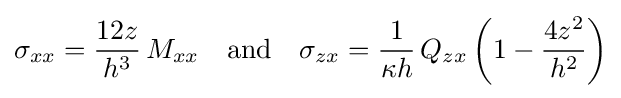
\sigma _{xx}={\frac {12z}{h^{3}}}\,M_{xx}\quad {\text{and}}\quad \sigma _{zx}={\frac {1}{\kappa h}}\,Q_{zx}\left(1-{\frac {4z^{2}}{h^{2}}}\right)